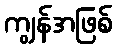
ကျွန်အဖြစ်